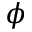
\phi